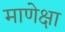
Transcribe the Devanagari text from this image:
माणेक्षा